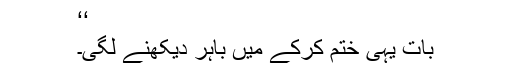
‘‘
بات یہی ختم کرکے میں باہر دیکھنے لگی۔